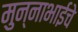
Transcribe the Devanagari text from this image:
मुन्नाभाईचे